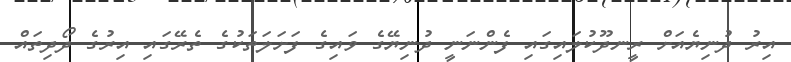
އިރު ދުނިޔެއަށް ރީނދޫކުލައިގައި ފެންނަނީ ދުނިޔޭގެ ވައިގެ ފަށަލަތަކުގެ ތެރޭގައި އިރުގެ ދޯދިތައް